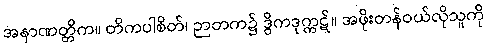
အနာဏတ္တိက။ တိကပါစိတ်၊ ဉာတက၌ ဒွိကဒုက္ကဋ်။ အဖိုးတန်ဝယ်လိုသူကို